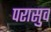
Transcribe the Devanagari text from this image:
परासुव